NAE_ERA_R-1765_ENSV_Kirjanike_Liit_1945-1955, lk 16
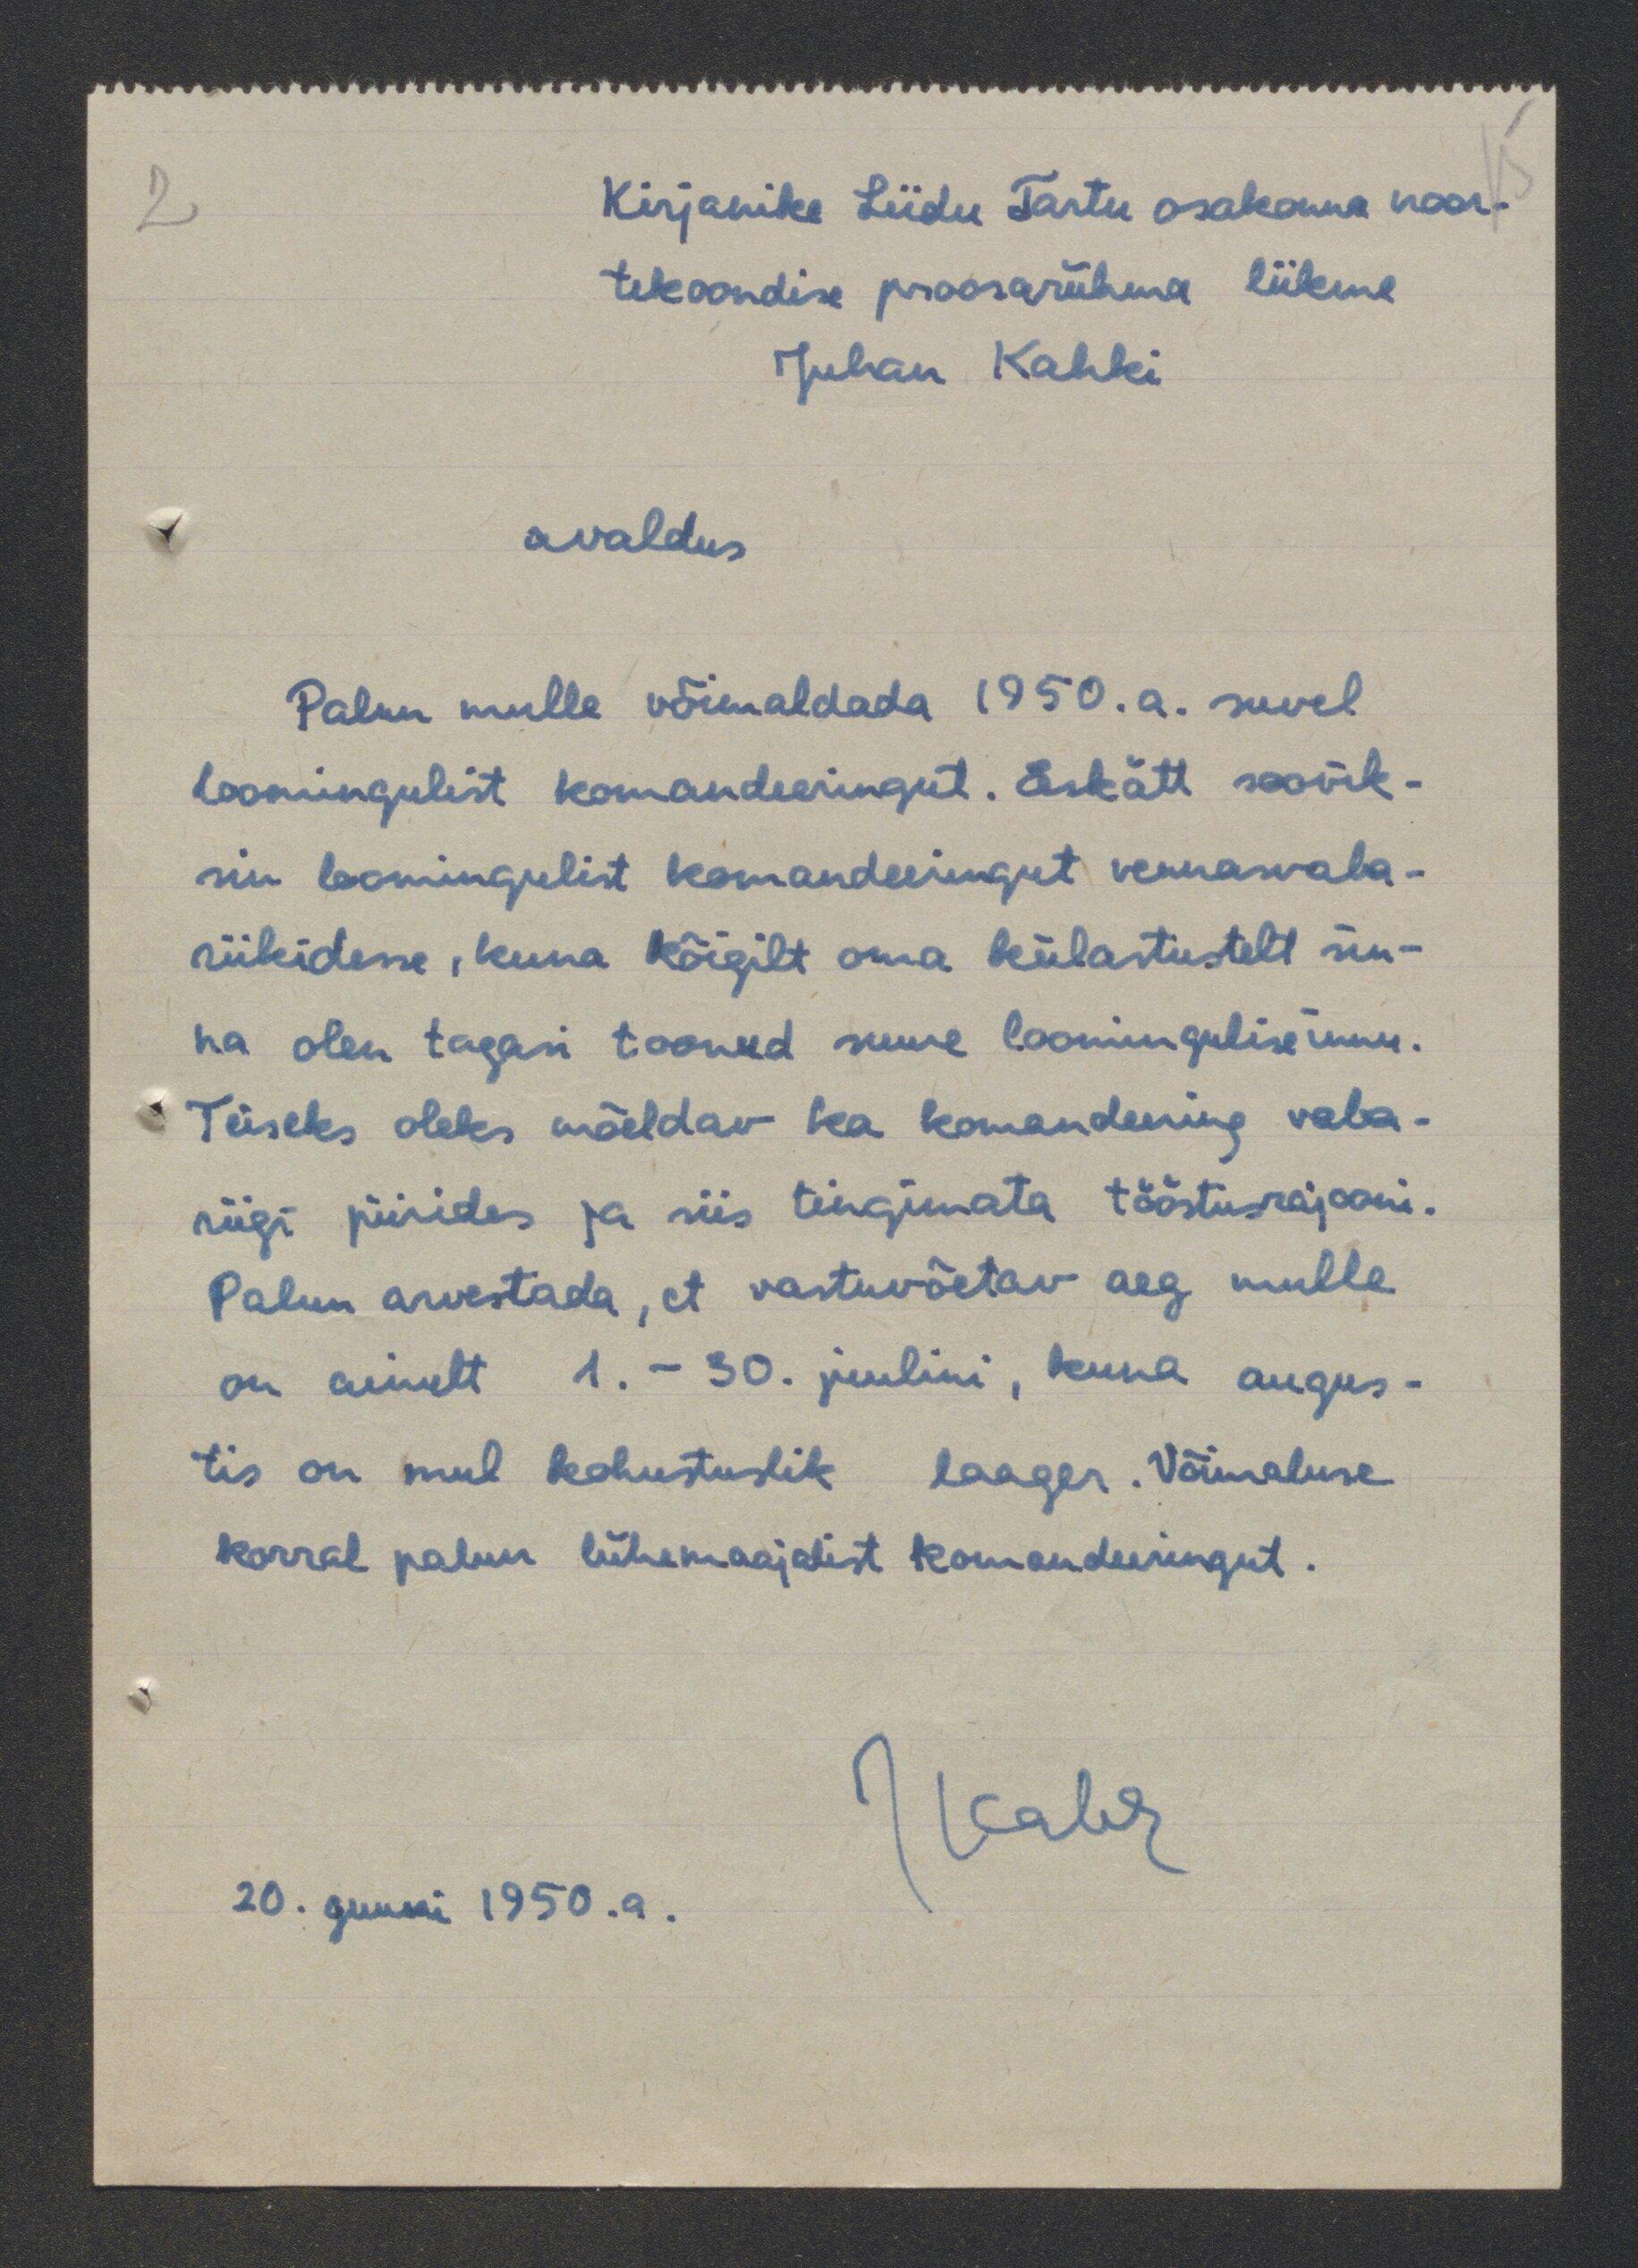
Kirjanike Liidu Tartu osakonna noor-
tekoondise proosarühma liikme
Juhan Kahki
avaldus
Palun mulle võimaldada 1950.a. suvel
loomingulist komandeeringut. Eskätt soovik-
sin loomingulist komandeeringut vennaswaba-
riikidesse, kuna kõigilt oma külastustelt mi-
na olen tagasi toonud suure loomingulisemuse.
Teiseks oleks mõeldav ka komandeering vaba
riigi piirides ja siis tingimata tööstusrajooni.
Palun arvestada, et vastuvõetav aeg mulle
on ainult 1. - 30 juulini, kuna augus
tis on mul kohustuslik laager. Võimaluse
korral palun lühemaajalist komandeeringut.
20. juumi 1950.a.